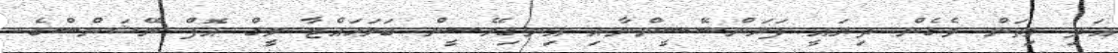
އަދި މިތަން ވެގެން ދިޔައީ ފަރަންސޭސީންނާއި އިނގިރޭސީން ބަލަހައްޓާ ލީގް އޮފް ނޭޝަންސްގެ